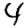
Digit: 4